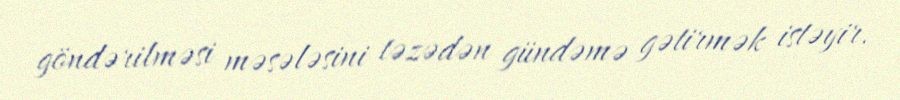
göndərilməsi məsələsini təzədən gündəmə gətirmək istəyir.